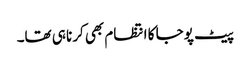
پیٹ پوجا کا انتظام بھی کرنا ہی تھا۔